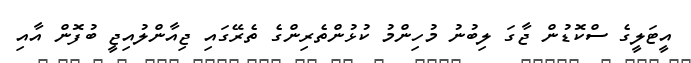
އީޓަލީގެ ސްކޮޑުން ޖާގަ ލިބުނު މުހިންމު ކުޅުންތެރިންގެ ތެރޭގައި ޖިއާންލުއިޖީ ބުފޮން އާއި